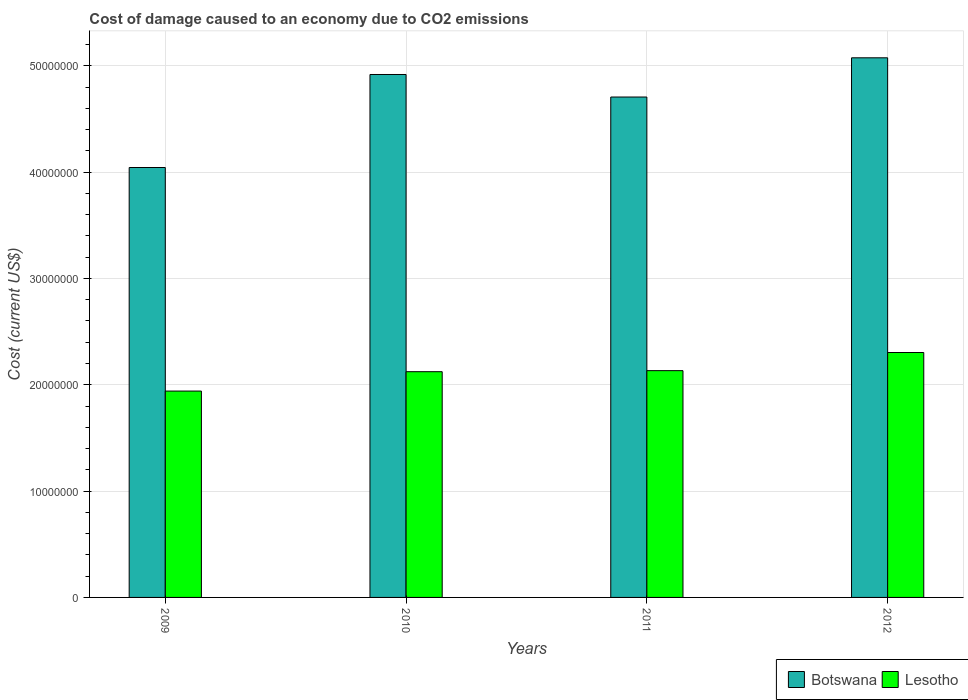
| Years | Botswana | Lesotho |
 | --- | --- | --- |
 | 2009 | 4.04e+07 | 1.94e+07 |
 | 2010 | 4.92e+07 | 2.12e+07 |
 | 2011 | 4.71e+07 | 2.13e+07 |
 | 2012 | 5.07e+07 | 2.3e+07 |